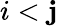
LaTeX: i<\mathbf{j}